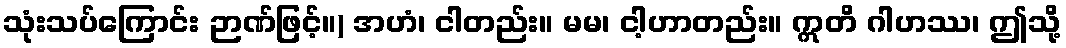
သုံးသပ်ကြောင်း ဉာဏ်ဖြင့်။) အဟံ၊ ငါတည်း။ မမ၊ ငါ့ဟာတည်း။ ဣတိ ဂါဟဿ၊ ဤသို့